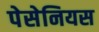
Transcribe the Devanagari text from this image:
पेसेनियस